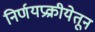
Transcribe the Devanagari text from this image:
निर्णयप्रक्रीयेतून